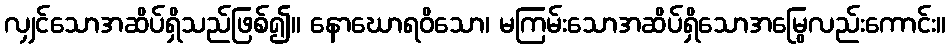
လျှင်သောအဆိပ်ရှိသည်ဖြစ်၍။ နောဃောရဝိသော၊ မကြမ်းသောအဆိပ်ရှိသောအမြွေလည်းကောင်း။